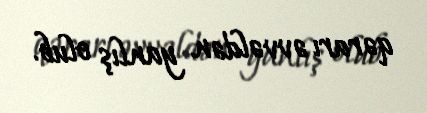
qərarı əvvəldən yanlış olub.